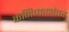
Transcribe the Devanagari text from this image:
कनिष्कानंतर